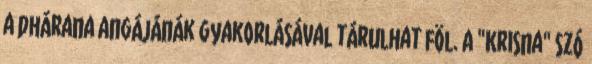
a dhárana angájánák gyakorlásával tárulhat föl. A "Krisna" szó